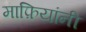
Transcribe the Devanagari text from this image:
माफ़ियांनी